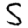
Digit: 5